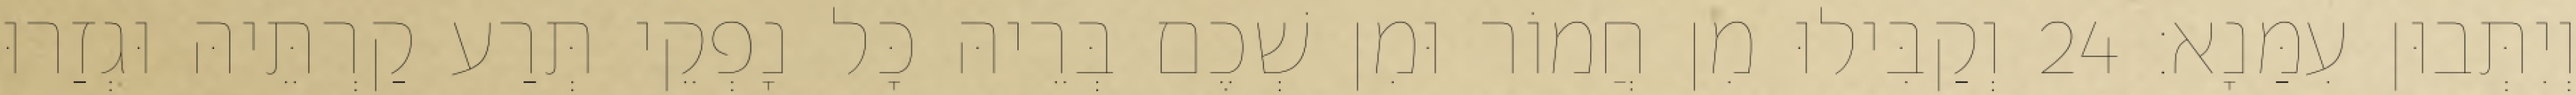
וְיִתְּבוּן עִמַּנָא׃ 24 וְקַבִּילוּ מִן חֲמוֹר וּמִן שְׁכֶם בְּרֵיהּ כָּל נָפְקֵי תְּרַע קַרְתֵּיהּ וּגְזַרוּ